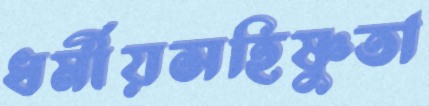
ধর্মীয়সহিষ্ণুতা